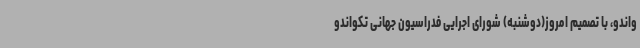
واندو، با تصمیم امروز(دوشنبه) شورای اجرایی فدراسیون جهانی تکواندو